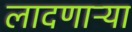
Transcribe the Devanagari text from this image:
लादणाऱ्या